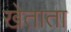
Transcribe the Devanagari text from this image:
खेताता